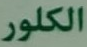
الكلور